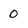
Character: 0